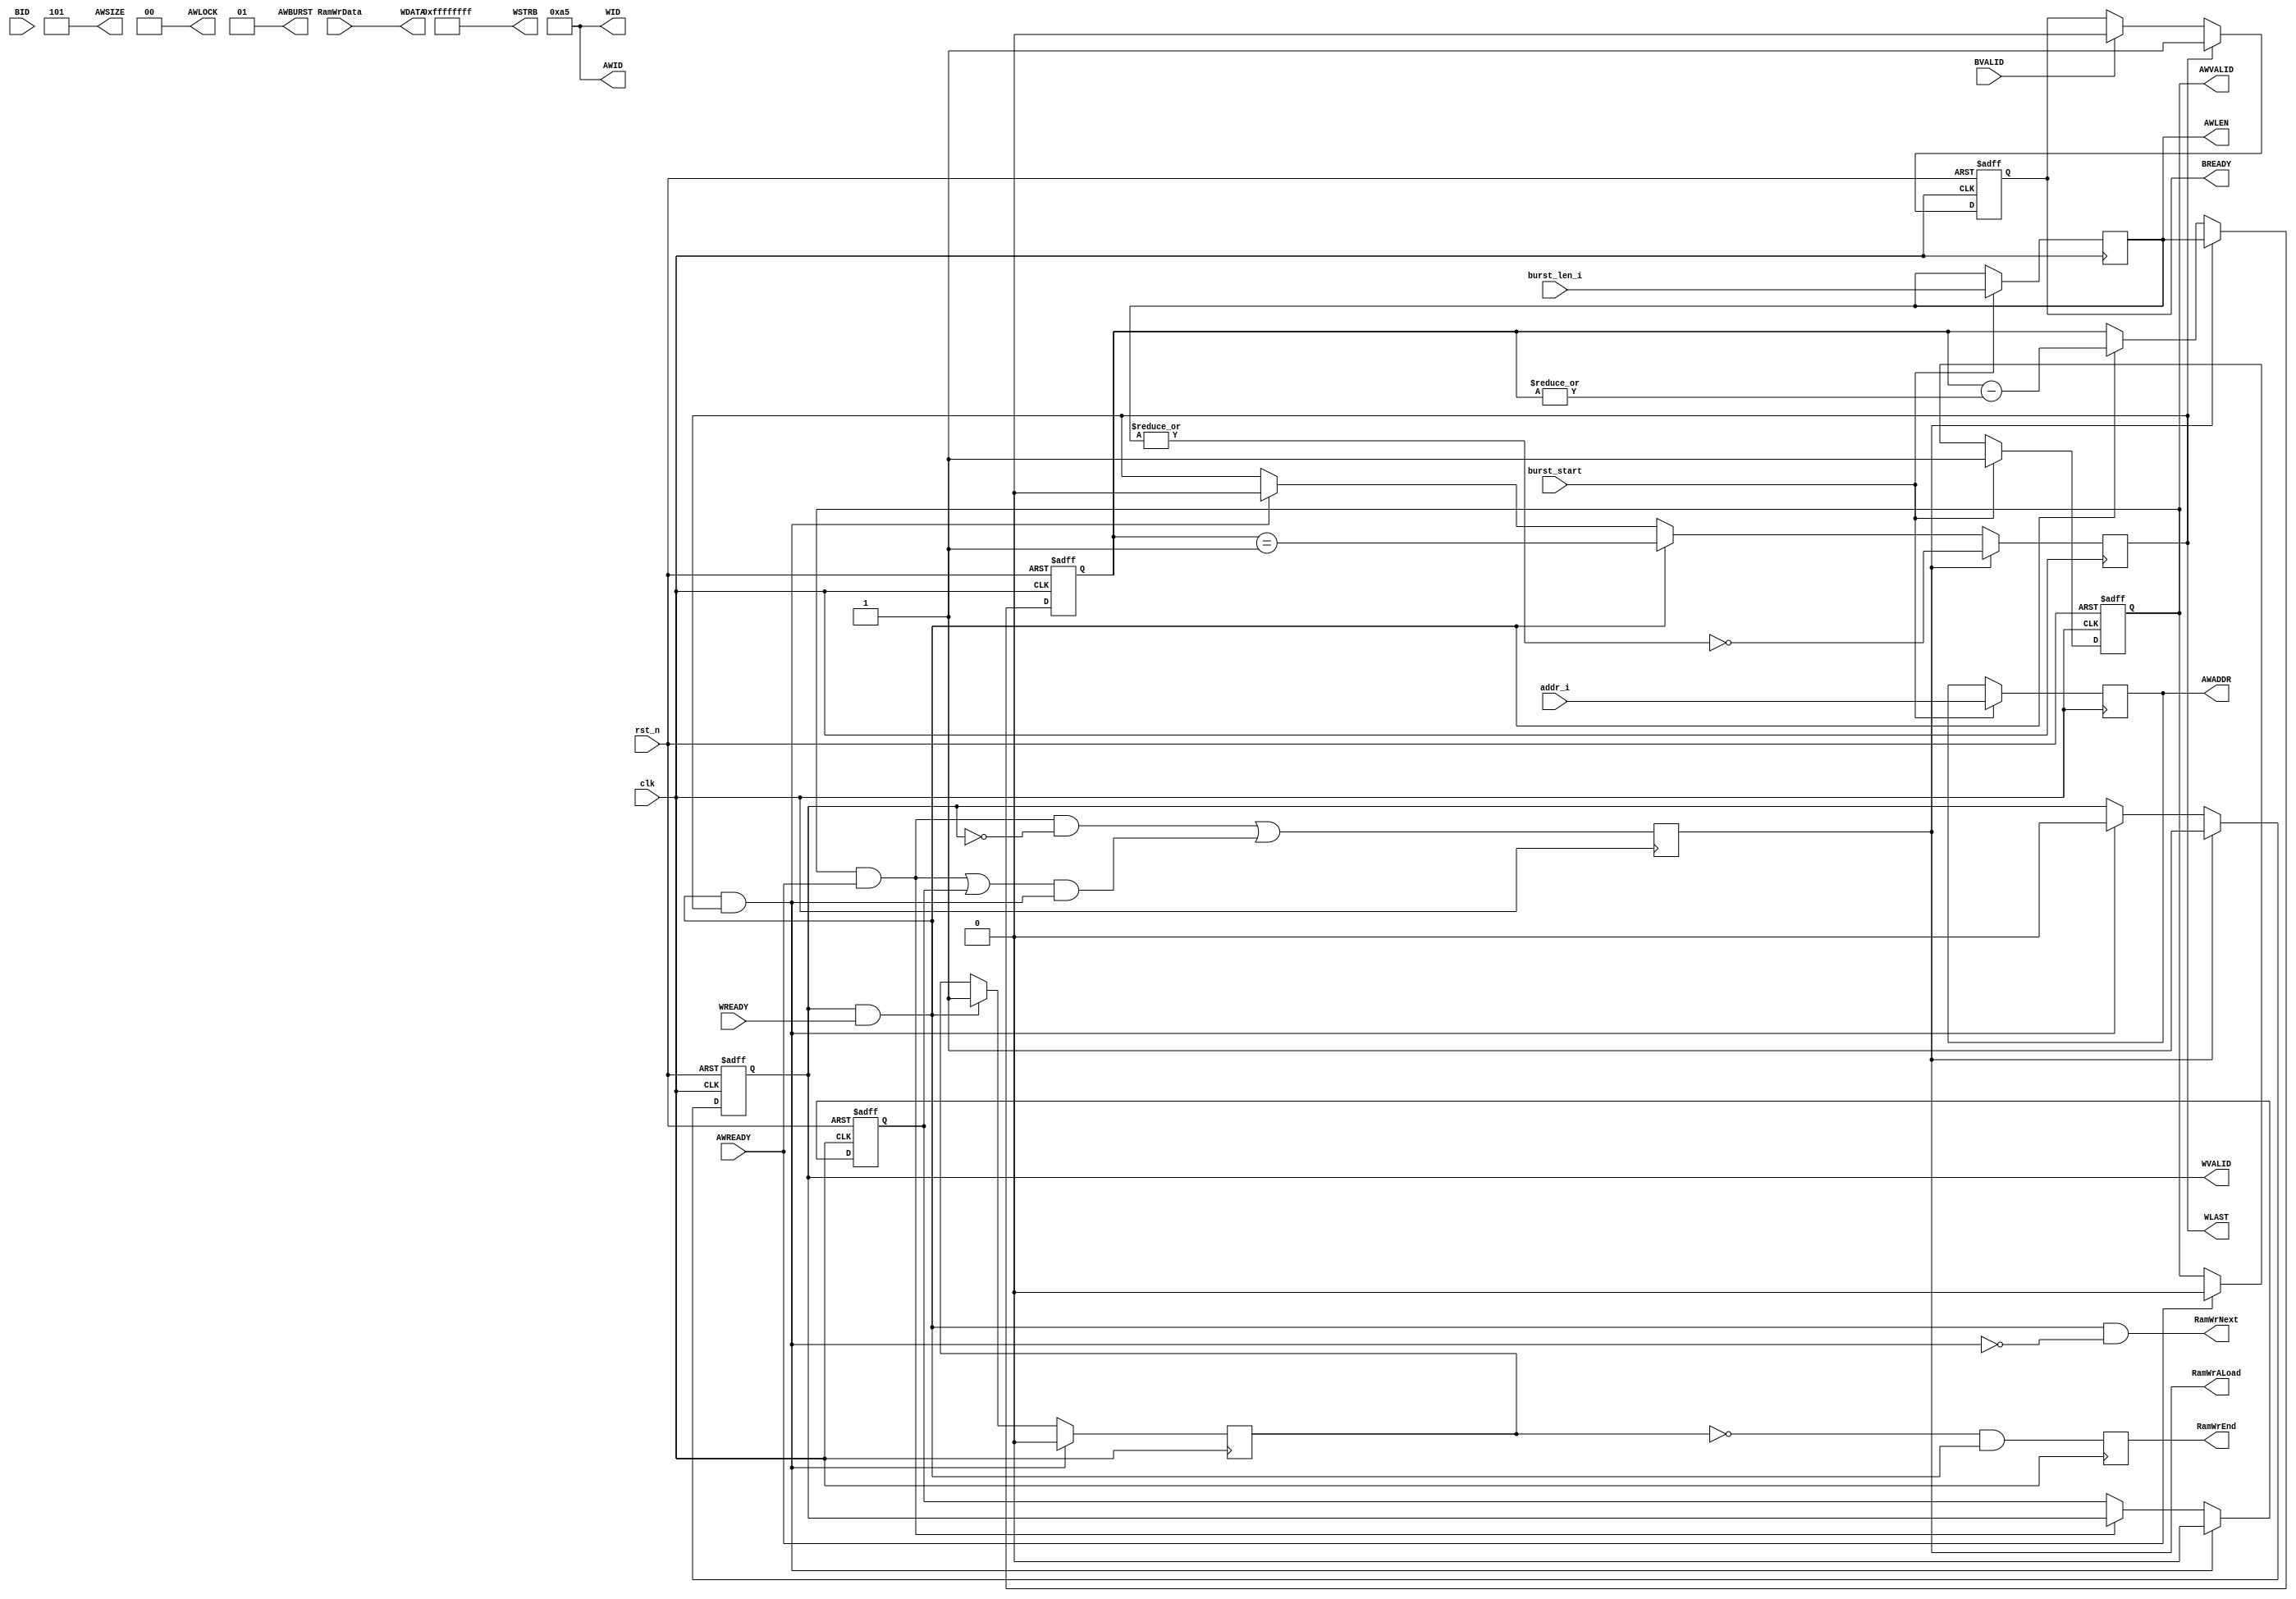

////////////////// DdrWrCtrl /////////////////////////////
/**********************************************************
  Function Description:

  Establishment : Richard Zhu
  Create date   : 2020-01-09
  Versions      : V0.1
  Revision of records:
  Ver0.1

**********************************************************/

module  DdrWrCtrl #(                                                  
  parameter   AXI_WR_ID       = 8'ha5             ,
  parameter   AXI_DATA_WIDTH  = 256               ,
  parameter 	AXI_ID_WIDTH		= 8									,
                                                  
  parameter  AXI_BYTE_NUMBER = AXI_DATA_WIDTH/8  ,
  parameter  AXI_DATA_SIZE   = $clog2(AXI_BYTE_NUMBER) ,  
                                                  
  parameter  ADW_C           = AXI_DATA_WIDTH    ,
  parameter  ABN_C           = AXI_BYTE_NUMBER   

)
(
  //Define Port
  /////////////////////////////////////////////////////////
  //System Signal
  input         clk    ,     //System Clock
  input         rst_n   ,     //System Reset

  /////////////////////////////////////////////////////////
  //Operate Control & State
  input             burst_start  , //(I)[DdrWrCtrl]Ram Operate Start
  output   reg      RamWrEnd  = 'd0  , //(O)[DdrWrCtrl]Ram Operate End
  output            RamWrNext   , //(O)[DdrWrCtrl]Ram Write Next
  input [ADW_C-1:0] RamWrData   , //(I)[DdrWrCtrl]Ram Write Data
  output            RamWrALoad  , //(O)Ram Write Address Load

  /////////////////////////////////////////////////////////
  //Config DDR Operate Parameter
  input   [31:0]    addr_i   	, //(I)[DdrWrCtrl]Config Write Start Address
  input   [ 7:0]    burst_len_i , //(I)[DdrWrCtrl]Config Write Burst Length

  /////////////////////////////////////////////////////////
  output  wire[AXI_ID_WIDTH-1:0]    AWID        , //(O)[WrAddr]Write address ID. This signal is the identification tag for the write address group of signals.
  output  reg	[31:0]AWADDR ='d0     , //(O)[WrAddr]Write address. The write address gives the address of the first transfer in a write burst transaction.
  output  reg [ 7:0]AWLEN = 'd0      , //(O)[WrAddr]Burst length. The burst length gives the exact number of transfers in a burst. This information determines the number of data transfers associated with the address.
  output  [ 2:0]    AWSIZE      , //(O)[WrAddr]Burst size. This signal indicates the size of each transfer in the burst.
  output  [ 1:0]    AWBURST     , //(O)[WrAddr]Burst type. The burst type and the size information, determine how the address for each transfer within the burst is calculated.
  output  [ 1:0]    AWLOCK      , //(O)[WrAddr]Lock type. Provides additional information about the atomic characteristics of the transfer.
  output   reg      AWVALID = 'd0    , //(O)[WrAddr]Write address valid. This signal indicates that the channel is signaling valid write address and control information.
  input             AWREADY     , //(I)[WrAddr]Write address ready. This signal indicates that the slave is ready to accept an address and associated control signals.
  /////////////                 
  output  [AXI_ID_WIDTH-1:0]    WID         , //(O)[WrData]Write ID tag. This signal is the ID tag of the write data transfer.
  output[ABN_C-1:0] WSTRB       , //(O)[WrData]Write strobes. This signal indicates which byte lanes hold valid data. There is one write strobe bit for each eight bits of the write data bus.
  output   reg      WLAST  = 1'b0     , //(O)[WrData]Write last. This signal indicates the last transfer in a write burst.
  output   reg      WVALID = 'b0     , //(O)[WrData]Write valid. This signal indicates that valid write data and strobes are available.
  input             WREADY      , //(O)[WrData]Write ready. This signal indicates that the slave can accept the write data.
  output[ADW_C-1:0] WDATA       , //(I)[WrData]Write data.
  /////////////                 
  input   [AXI_ID_WIDTH-1:0]    BID         , //(I)[WrResp]Response ID tag. This signal is the ID tag of the write response.
  input             BVALID      , //(I)[WrResp]Write response valid. This signal indicates that the channel is signaling a valid write response.
  output   reg      BREADY = 'b0      //(O)[WrResp]Response ready. This signal indicates that the master can accept a write response.

);

  //Define  Parameter
  /////////////////////////////////////////////////////////
  

  /////////////////////////////////////////////////////////
  reg   				DataWrAddrAva   = 1'h0 ;
  reg   				DataWrStart     = 1'h0 ;
  wire					DataWrNextBrst		   ;
  wire  				DataWrEnd			   ;	
  wire  				DataWrEn			   ;
 /////////////////////////////////////////////////////////
 
  assign    AWID    	= AXI_WR_ID     ; //(O)[WrAddr]Write address ID. This signal is the identification tag for the write address group of signals.
                                        
  assign    AWSIZE  	= AXI_DATA_SIZE ; //(O)[WrAddr]Burst size. This signal indicates the size of each transfer in the burst.
  assign    AWBURST 	= 2'b01         ; //(O)[WrAddr]Burst type. The burst type and the size information, determine how the address for each transfer within the burst is calculated.
  assign    AWLOCK  	= 2'b00         ; //(O)[WrAddr]Lock type. Provides additional information about the atomic characteristics of the transfer.

/////////////////////////////////////////////////////////
  assign  		WID     = AXI_WR_ID     ; //(O)[WrData]Write ID tag. This signal is the ID tag of the write data transfer.
  assign     	WSTRB   = {ABN_C{1'h1}} ; //(O)[WrData]Write strobes. This signal indicates which byte lanes hold valid data. There is one write strobe bit for each eight bits of the write data bus.
  assign  		WDATA   = RamWrData     ; //(I)[WrData]Write data.

  /////////////////////////////////////////////////////////
  

  /////////////////////////////////////////////////////////
  
	//
  always @( posedge clk)   
  		if(burst_start)  AWLEN  <= burst_len_i;
  always @( posedge clk)   
  		if(burst_start)  AWADDR <= addr_i;
   /////////////////////////////////////////////////////////
	
  always @( posedge clk or negedge rst_n)
  begin//AWVALID
    if (!rst_n)         	AWVALID <= 1'h0;
    else if (burst_start)  	AWVALID <= 1'h1;
    else if (AWREADY)   	AWVALID <= 1'h0;
  end

  wire AddrWrEn = (AWVALID & AWREADY);
   /////////////////////////////////////////////////////////
	always @( posedge clk)  
  		DataWrStart    <= (AddrWrEn & (~WVALID)) | DataWrNextBrst;
                  
  always @( posedge clk or negedge rst_n)
  begin
    if (!rst_n)           	WVALID  <=  1'h0;
    else if (DataWrStart)   WVALID  <=  1'h1;
    else if (DataWrEnd)     WVALID  <=  1'h0;
  end

        
  assign  DataWrEn    = WVALID & WREADY         ;
  assign  DataWrEnd   = WVALID & WREADY & WLAST ;
  assign  RamWrALoad  = DataWrStart							; //(O)Ram Write Address Load
//1111111111111111111111111111111111111111111111111111111

  reg   [7:0]   WrBurstCnt = 8'h0;

  always @( posedge clk or negedge rst_n)
  begin
	    if (!rst_n)           	WrBurstCnt  <= 8'h0;
	    else if (DataWrStart)   WrBurstCnt  <= AWLEN;
	    else if (DataWrEn)      WrBurstCnt  <= WrBurstCnt - {7'h0,(|WrBurstCnt)};
  end

  always @( posedge clk)
  begin//WLAST
    if (DataWrStart)      WLAST <=   (~|AWLEN);
    else if (DataWrEn)    WLAST <=   (WrBurstCnt == 8'h1);
    else if (DataWrEnd)   WLAST <=   1'h0;
  end

  /////////////////////////////////////////////////////////

  always @( posedge clk or negedge rst_n)
  begin
    if (~rst_n)       	DataWrAddrAva <=  1'h0;
    else if (DataWrEnd) DataWrAddrAva <=  1'h0;
    else if (AddrWrEn)  DataWrAddrAva <=  WVALID;
  end
    
  assign DataWrNextBrst  = (AddrWrEn | DataWrAddrAva ) & DataWrEnd;
  
  
  /////////////////////////////////////////////////////////


  /////////////////////////////////////////////////////////
  reg   DataWrBusy  = 1'h0  ;

  always @( posedge clk )
  begin
    if (DataWrEnd)       DataWrBusy <=  1'h0;
    else if (DataWrEn)   DataWrBusy <=  1'h1;
  end
  
  always @( posedge clk)   
  		RamWrEnd  <=  (~DataWrBusy) & DataWrEn;   
  
  /////////////////////////////////////////////////////////  
  assign          RamWrNext = DataWrEn & (~DataWrEnd)    ;    //(O)[DdrWrCtrl]Ram Write Next
  
  /////////////////////////////////////////////////////////  
//=========================================================
  /////////////////////////////////////////////////////////

  always @( posedge clk or negedge rst_n)
  begin
    if (!rst_n)           BREADY  <=  1'h0;
    else if (WLAST)    BREADY  <=  1'h1;
    else if (BVALID)     BREADY  <=  1'h0;
  end

  wire    BackRespond = BREADY & BVALID;

  /////////////////////////////////////////////////////////

endmodule